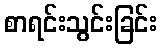
စာရင်းသွင်းခြင်း